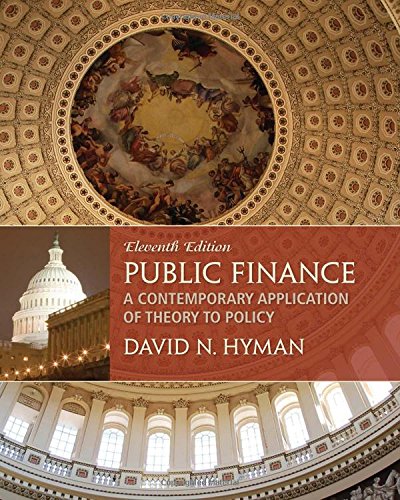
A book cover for Public Finance: A Contemporary Application of Theory to Policy; David N Hyman; Business & Money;